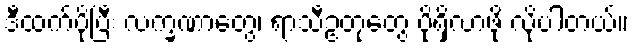
ဒီထက်ပိုပြီး လက္ခဏာတွေ၊ ရာသီဥတုတွေ ပိုရှိလာဖို့ လိုပါတယ်။